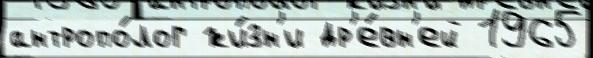
антропо́лог жи́зн'и др'е́вн'ей 1965